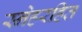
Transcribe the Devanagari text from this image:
स्नेहरहित